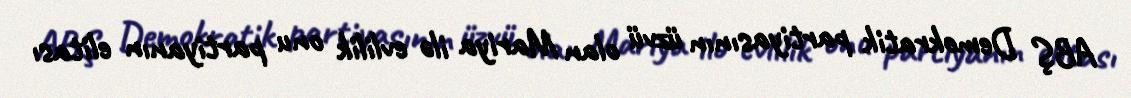
ABŞ Demokratik partiyasının üzvü olan Mariya ilə evlilik onu partiyanın elitası